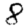
Digit: 8